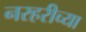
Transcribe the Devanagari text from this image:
नरहरीच्या